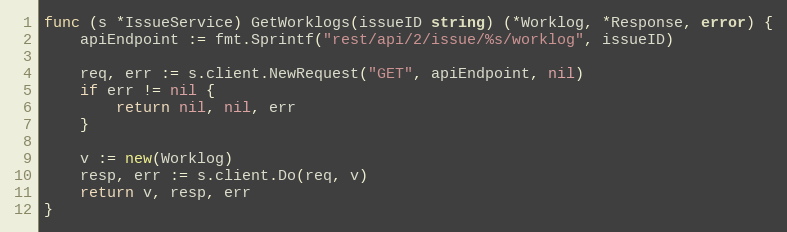
Language: Go
func (s *IssueService) GetWorklogs(issueID string) (*Worklog, *Response, error) {
	apiEndpoint := fmt.Sprintf("rest/api/2/issue/%s/worklog", issueID)

	req, err := s.client.NewRequest("GET", apiEndpoint, nil)
	if err != nil {
		return nil, nil, err
	}

	v := new(Worklog)
	resp, err := s.client.Do(req, v)
	return v, resp, err
}